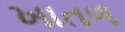
ખાતળ